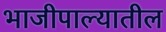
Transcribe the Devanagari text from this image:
भाजीपाल्यातील